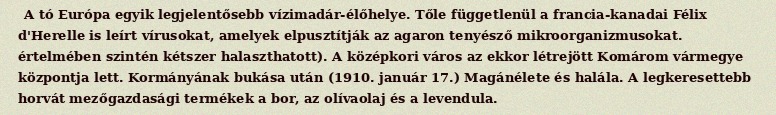
A tó Európa egyik legjelentősebb vízimadár-élőhelye. Tőle függetlenül a francia-kanadai Félix d'Herelle is leírt vírusokat, amelyek elpusztítják az agaron tenyésző mikroorganizmusokat. értelmében szintén kétszer halaszthatott). A középkori város az ekkor létrejött Komárom vármegye központja lett. Kormányának bukása után (1910. január 17.) Magánélete és halála. A legkeresettebb horvát mezőgazdasági termékek a bor, az olívaolaj és a levendula.